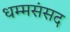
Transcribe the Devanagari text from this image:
धम्मसंसद